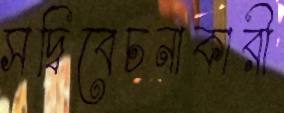
সদ্বিবেচনাকারী